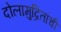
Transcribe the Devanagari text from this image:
दोलामुद्रितांची